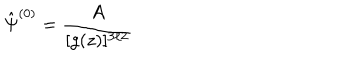
LaTeX: \hat { \Psi } ^ { ( 0 ) } = \frac { A } { [ g ( z ) ] ^ { 3 / 2 } }